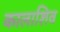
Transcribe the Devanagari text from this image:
कालाशिव